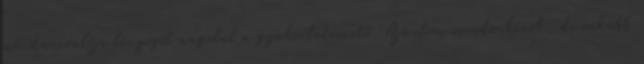
mondanivalója lényegét angolul a gyakorlatvezető. Ajánlom mindenkinek, de inkább